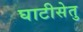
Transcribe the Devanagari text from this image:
घाटीसेतु